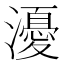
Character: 瀀